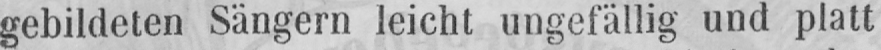
gebildeten Sängern leicht ungefällig und platt